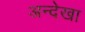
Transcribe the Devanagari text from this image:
अन्देखा